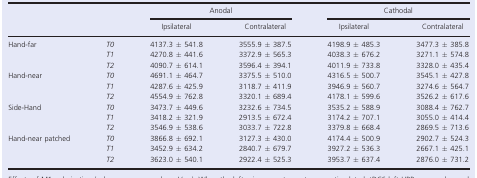
<table><thead><tr><td rowspan="2" colspan="2"></td><td colspan="2"><b>Anodal</b></td><td colspan="2"><b>Cathodal</b></td></tr><tr><td><b>Ipsilateral</b></td><td><b>Contralateral</b></td><td><b>Ipsilateral</b></td><td><b>Contralateral</b></td></tr></thead><tbody><tr><td rowspan="3">Hand‐far</td><td><i>T0</i></td><td>4137.3 ± 541.8</td><td>3555.9 ± 387.5</td><td>4198.9 ± 485.3</td><td>3477.3 ± 385.8</td></tr><tr><td><i>T1</i></td><td>4270.8 ± 441.6</td><td>3372.9 ± 565.3</td><td>4038.3 ± 676.2</td><td>3271.1 ± 574.8</td></tr><tr><td><i>T2</i></td><td>4090.7 ± 614.1</td><td>3596.4 ± 394.1</td><td>4011.9 ± 733.8</td><td>3328.0 ± 435.4</td></tr><tr><td rowspan="3">Hand‐near</td><td><i>T0</i></td><td>4691.1 ± 464.7</td><td>3375.5 ± 510.0</td><td>4316.5 ± 500.7</td><td>3545.1 ± 427.8</td></tr><tr><td><i>T1</i></td><td>4287.6 ± 425.9</td><td>3118.7 ± 411.9</td><td>3946.9 ± 560.7</td><td>3274.6 ± 564.7</td></tr><tr><td><i>T2</i></td><td>4554.9 ± 762.8</td><td>3320.1 ± 689.4</td><td>4178.1 ± 599.6</td><td>3526.2 ± 617.6</td></tr><tr><td rowspan="3">Side‐Hand</td><td><i>T0</i></td><td>3473.7 ± 449.6</td><td>3232.6 ± 734.5</td><td>3535.2 ± 588.9</td><td>3088.4 ± 762.7</td></tr><tr><td><i>T1</i></td><td>3418.2 ± 321.9</td><td>2913.5 ± 672.4</td><td>3174.2 ± 707.1</td><td>3055.0 ± 414.4</td></tr><tr><td><i>T2</i></td><td>3546.9 ± 538.6</td><td>3033.7 ± 722.8</td><td>3379.8 ± 668.4</td><td>2869.5 ± 713.6</td></tr><tr><td rowspan="3">Hand‐near patched</td><td><i>T0</i></td><td>3866.8 ± 692.1</td><td>3127.3 ± 430.0</td><td>4174.4 ± 500.9</td><td>2902.7 ± 524.3</td></tr><tr><td><i>T1</i></td><td>3452.9 ± 634.2</td><td>2840.7 ± 679.7</td><td>3927.2 ± 536.3</td><td>2667.1 ± 425.1</td></tr><tr><td><i>T2</i></td><td>3623.0 ± 540.1</td><td>2922.4 ± 525.3</td><td>3953.7 ± 637.4</td><td>2876.0 ± 731.2</td></tr></tbody></table>